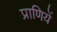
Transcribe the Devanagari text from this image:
प्राणियें